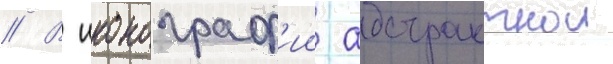
// В иконограф'ии абстрактнои